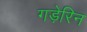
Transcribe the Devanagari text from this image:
गड़ेरिन